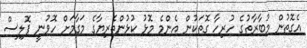
އެގޮތުން މުބާރާތުގެ ހުރިހާ ގޮތަކުން އެންމެ މޮޅު ކުޅުންތެރިޔާގެ މަގާމަށް ހޮވުނީ ޕޮލިސް